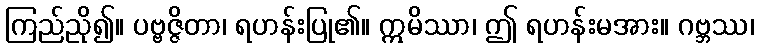
ကြည်ညို၍။ ပဗ္ဗဇ္ဇိတာ၊ ရဟန်းပြု၏။ ဣမိဿာ၊ ဤ ရဟန်းမအား။ ဂဗ္ဘဿ၊